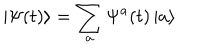
\left| \Psi ( t ) \right\rangle = \sum _ { a } \Psi ^ { a } ( t ) \left| a \right\rangle